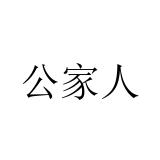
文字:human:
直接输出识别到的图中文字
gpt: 公家人